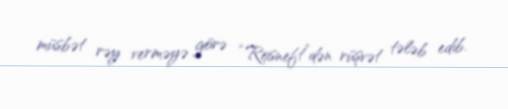
müsbət rəy verməyə görə “Rosneft”dən rüşvət tələb edib.